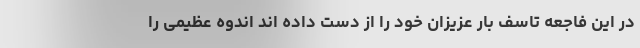
در این فاجعه تاسف بار عزیزان خود را از دست داده اند اندوه عظیمی را